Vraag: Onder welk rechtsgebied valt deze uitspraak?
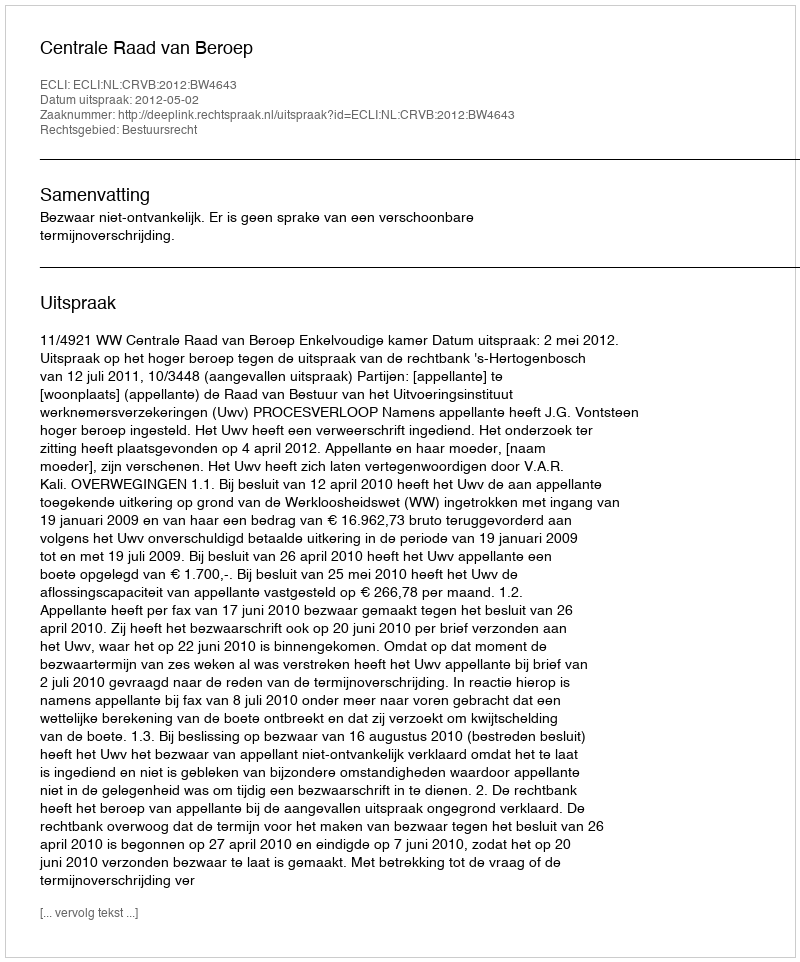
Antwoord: Bestuursrecht